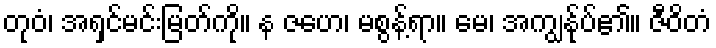
တုဝံ၊ အရှင်မင်းမြတ်ကို။ န ဇဟေ၊ မစွန့်ရာ။ မေ၊ အကျွန်ုပ်၏။ ဇီဝိတံ